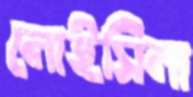
লোইসিলা